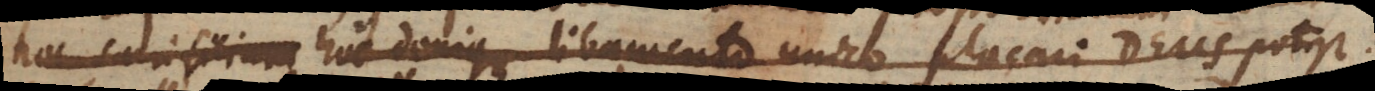
hoc sacrificium hoc denique libamento unico placari Deus potest.